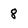
Character: 8